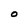
Character: O